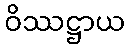
ဝိဿဋ္ဌာယ